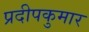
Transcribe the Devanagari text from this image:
प्रदीपकुमार